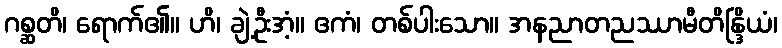
ဂစ္ဆတိ၊ ရောက်၏။ ဟိ၊ ချဲ့ဦးအံ့။ ဧကံ၊ တစ်ပါးသော။ အနညာတညဿာမီတိန္ဒြိယံ၊